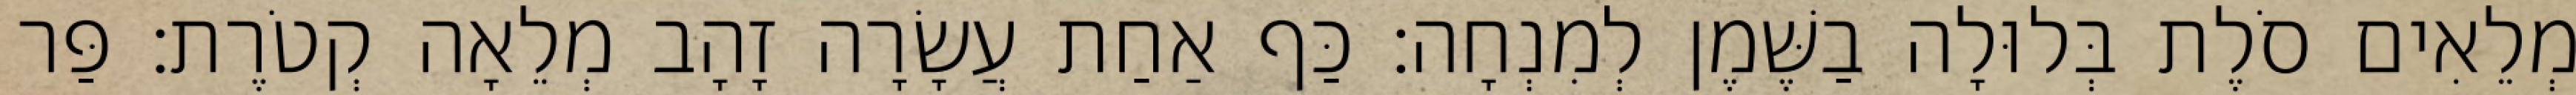
מְלֵאִים סֹלֶת בְּלוּלָה בַשֶּׁמֶן לְמִנְחָה׃ כַּף אַחַת עֲשָׂרָה זָהָב מְלֵאָה קְטֹרֶת׃ פַּר